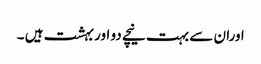
اوران سے بہت نیچے دو اور بہشت ہیں ۔